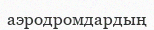
аэродромдардың